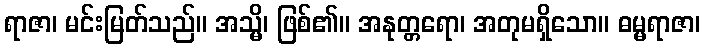
ရာဇာ၊ မင်းမြတ်သည်။ အသ္မိ၊ ဖြစ်၏။ အနုတ္တရော၊ အတုမရှိသော။ ဓမ္မရာဇာ၊